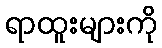
ရာထူးများကို